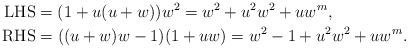
LaTeX: \begin{align*}\mathrm{LHS} &= (1+u(u+w))w^2 = w^2+u^2w^2+uw^m, \\\mathrm{RHS} &= ((u+w)w-1)(1+uw)= w^2-1+u^2w^2+uw^m.\end{align*}